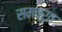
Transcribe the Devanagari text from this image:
समवर्त